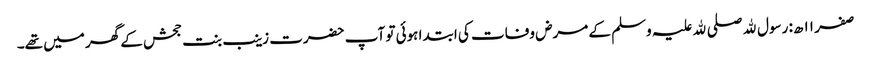
صفر ۱۱ ھ: رسول ﷲ صلی ﷲ علیہ وسلم کے مرض وفات کی ابتدا ہوئی تو آپ حضرت زینب بنت جحش کے گھر میں تھے۔